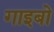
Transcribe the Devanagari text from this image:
गाइबो